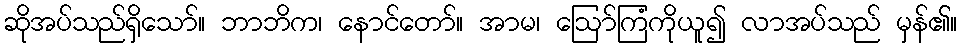
ဆိုအပ်သည်ရှိသော်။ ဘာဘိက၊ နောင်တော်။ အာမ၊ ဩော်ကြံကိုယူ၍ လာအပ်သည် မှန်၏။